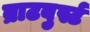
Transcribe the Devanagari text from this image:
ब्राटवुर्स्ट